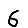
Digit: 6